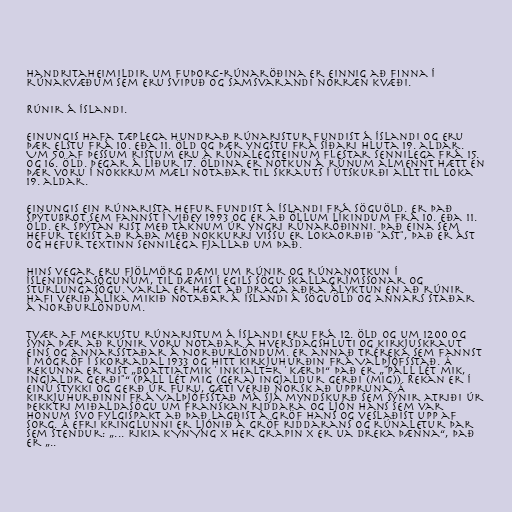
Handritaheimildir um fuþorc-rúnaröðina er einnig að finna í
rúnakvæðum sem eru svipuð og samsvarandi norræn kvæði.

Rúnir á Íslandi.

Einungis hafa tæplega hundrað rúnaristur fundist á Íslandi og eru
þær elstu frá 10. eða 11. öld og þær yngstu frá síðari hluta 19. aldar.
Um 50 af þessum ristum eru á rúnalegsteinum flestar sennilega frá 15.
og 16. öld. Þegar á líður 17. öldina er notkun á rúnum almennt hætt en
þær voru í nokkrum mæli notaðar til skrauts í útskurði allt til loka
19. aldar.

Einungis ein rúnarista hefur fundist á Íslandi frá söguöld. Er það
spýtubrot sem fannst í Viðey 1993 og er að öllum líkindum frá 10. eða 11.
öld. Er spýtan rist með táknum úr yngri rúnaröðinni. Það eina sem
hefur tekist að ráða með nokkurri vissu er lokaorðið "ast", það er ást
og hefur textinn sennilega fjallað um það.

Hins vegar eru fjölmörg dæmi um rúnir og rúnanotkun í
Íslendingasögunum, til dæmis í Egils sögu Skallagrímssonar og
Sturlungasögu. Varla er hægt að draga aðra ályktun en að rúnir
hafi verið álíka mikið notaðar á Íslandi á söguöld og annars staðar
á Norðurlöndum.

Tvær af merkustu rúnaristum á Íslandi eru frá 12. öld og um 1200 og
sýna þær að rúnir voru notaðar á hversdagshluti og kirkjuskraut
eins og annarsstaðar á Norðurlöndum. Er annað tréreka sem fannst
í mógröf í Skorradal 1933 og hitt kirkjuhurðin frá Valþjófsstað. Á
rekunna er rist „boattiatmik ' inkialt=r ' kærþi“ það er „"Páll lét mik,
Ingjaldr gerði"“ (Páll lét mig (gera) Ingjaldur gerði (mig)). Rekan er í
einu stykki og gerð úr furu, gæti verið norsk að uppruna. Á
kirkjuhurðinni frá Valþjófsstað má sjá myndskurð sem sýnir atriði úr
þekktri miðaldasögu um franskan riddara og ljón hans sem var
honum svo fylgispakt að það lagðist á gröf hans og veslaðist upp af
sorg. Á efri kringlunni er ljónið á gröf riddarans og rúnaletur þar
sem stendur: „... rikia kYnYng × her grapin × er ua dreka þænna“, það
er „..